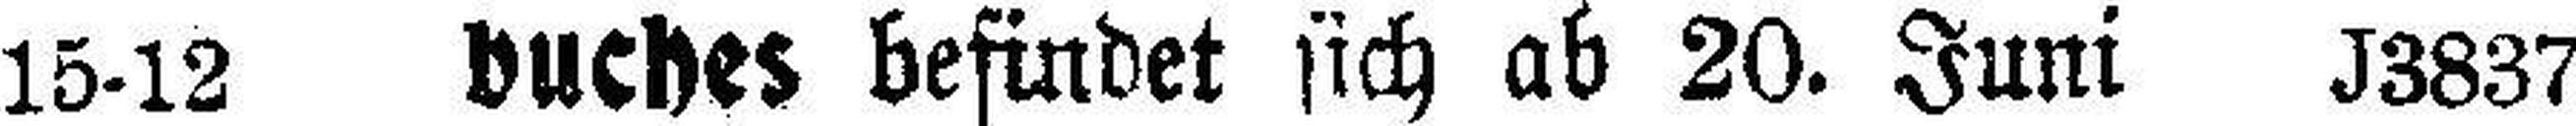
15-12 buches befindet sich ab 20. Juni J3837